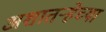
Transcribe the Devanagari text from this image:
अशातर्‍हेच्या